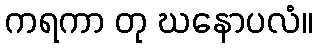
ကရကာ တု ဃနောပလံ။